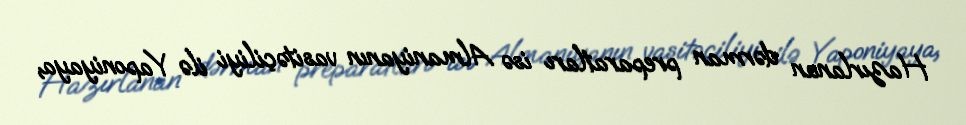
Hazırlanan dərman preparatları isə Almaniyanın vasitəçiliyi ilə Yaponiyaya,